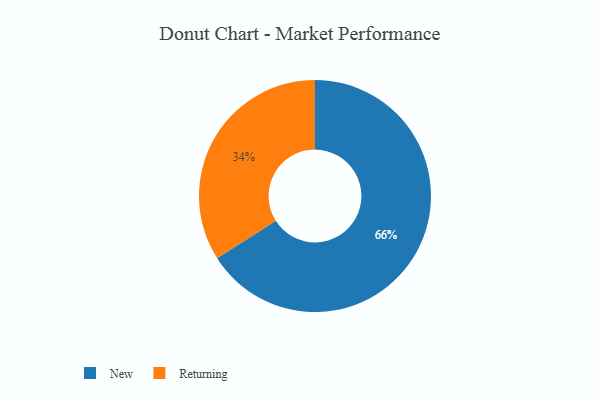
{"axis": {"x": "Category", "y": "Percentage"}, "legend": ["New", "Returning"], "data": [{"x": "New", "y": 66, "type": "New"}, {"x": "Returning", "y": 34, "type": "Returning"}]}